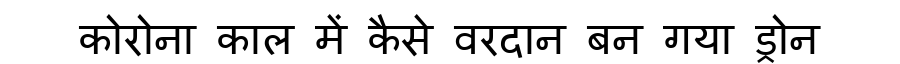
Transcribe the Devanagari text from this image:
कोरोना काल में कैसे वरदान बन गया ड्रोन